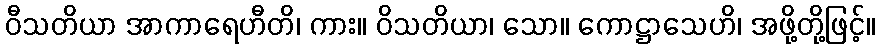
ဝီသတိယာ အာကာရေဟီတိ၊ ကား။ ဝိသတိယာ၊ သော။ ကောဋ္ဌာသေဟိ၊ အဖို့တို့ဖြင့်။